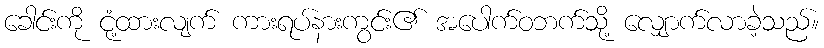
ခေါင်းကို ငုံ့ထားလျက် ကားရပ်နားကွင်း၏ အပေါက်ဝဘက်သို့ လျှောက်လာခဲ့သည်။